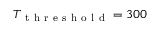
T _ { \mathrm { ~ t ~ h ~ r ~ e ~ s ~ h ~ o ~ l ~ d ~ } } = 3 0 0